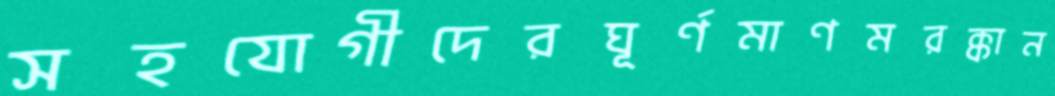
সহযোগীদেরঘূর্ণমাণমরক্কান